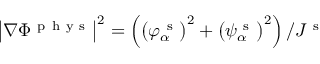
\big | \nabla \Phi ^ { \mathrm { ~ p ~ h ~ y ~ s ~ } } \big | ^ { 2 } = \left( \big ( \varphi _ { \alpha } ^ { \mathrm { ~ s ~ } } \big ) ^ { 2 } + \big ( \psi _ { \alpha } ^ { \mathrm { ~ s ~ } } \big ) ^ { 2 } \right) / J ^ { \mathrm { ~ s ~ } }